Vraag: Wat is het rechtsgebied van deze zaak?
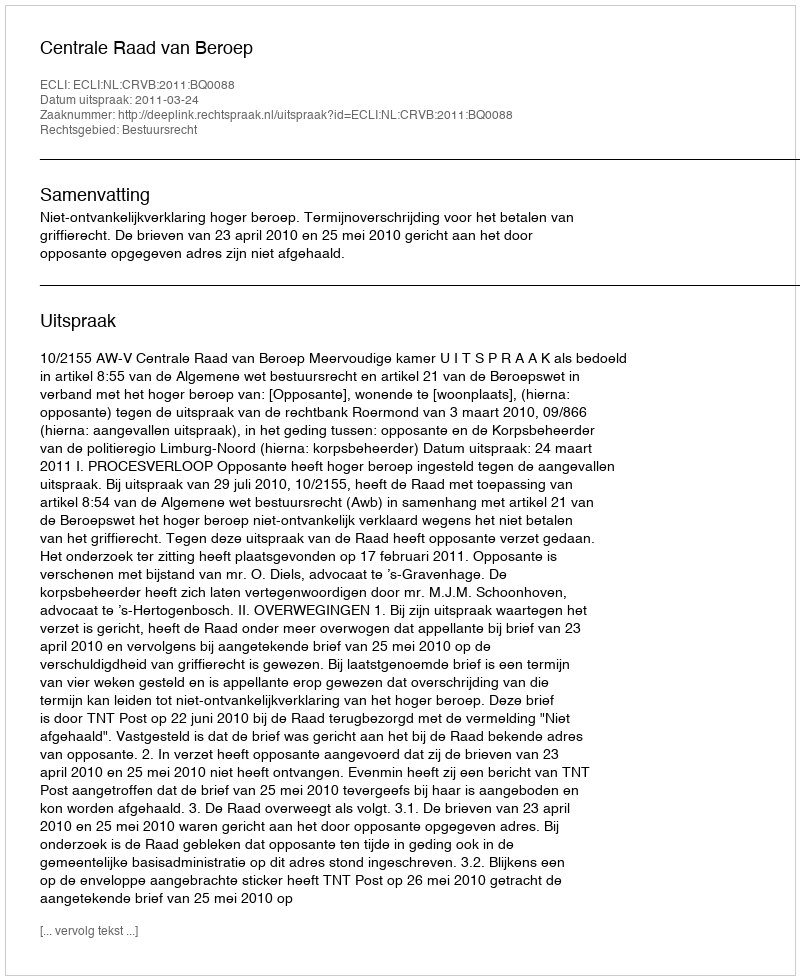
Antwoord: Bestuursrecht